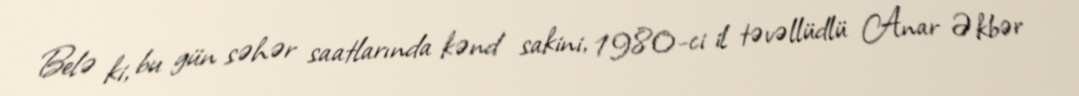
Belə ki, bu gün səhər saatlarında kənd sakini, 1980-ci il təvəllüdlü Anar Əkbər